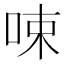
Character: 𠲿